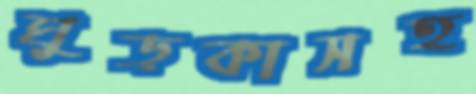
ঘুড়কাসহ